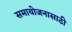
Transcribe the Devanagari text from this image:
समायोजनासाठी